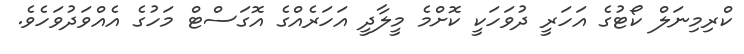
ކްރިމިނަލް ކޯޓުގެ އަހަރީ ދުވަހަކީ ކޮށްމެ މީލާދީ އަހަރެއްގެ އޮގަސްޓް މަހުގެ އެއްވަދުވަހެވެ.